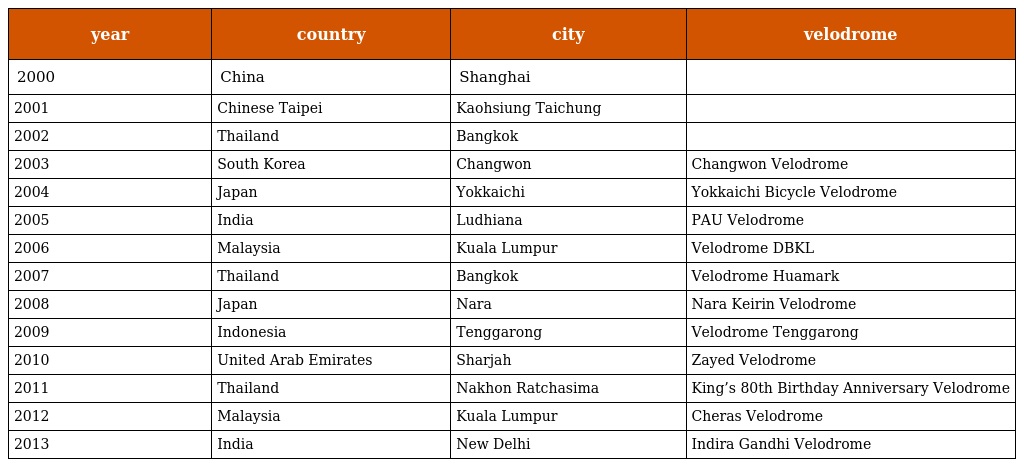
| year | country | city | velodrome |
 | --- | --- | --- | --- |
 | 2000 | China | Shanghai |  |
 | 2001 | Chinese Taipei | Kaohsiung Taichung |  |
 | 2002 | Thailand | Bangkok |  |
 | 2003 | South Korea | Changwon | Changwon Velodrome |
 | 2004 | Japan | Yokkaichi | Yokkaichi Bicycle Velodrome |
 | 2005 | India | Ludhiana | PAU Velodrome |
 | 2006 | Malaysia | Kuala Lumpur | Velodrome DBKL |
 | 2007 | Thailand | Bangkok | Velodrome Huamark |
 | 2008 | Japan | Nara | Nara Keirin Velodrome |
 | 2009 | Indonesia | Tenggarong | Velodrome Tenggarong |
 | 2010 | United Arab Emirates | Sharjah | Zayed Velodrome |
 | 2011 | Thailand | Nakhon Ratchasima | King’s 80th Birthday Anniversary Velodrome |
 | 2012 | Malaysia | Kuala Lumpur | Cheras Velodrome |
 | 2013 | India | New Delhi | Indira Gandhi Velodrome |